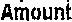
AMOUNT